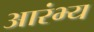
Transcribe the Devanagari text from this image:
आरंभ्य